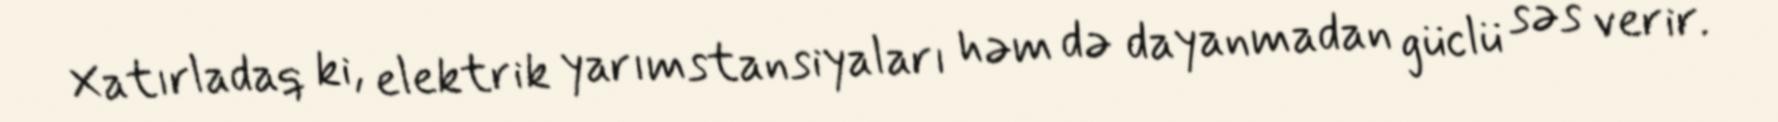
Xatırladaq ki, elektrik yarımstansiyaları həm də dayanmadan güclü səs verir.